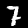
Label: 7